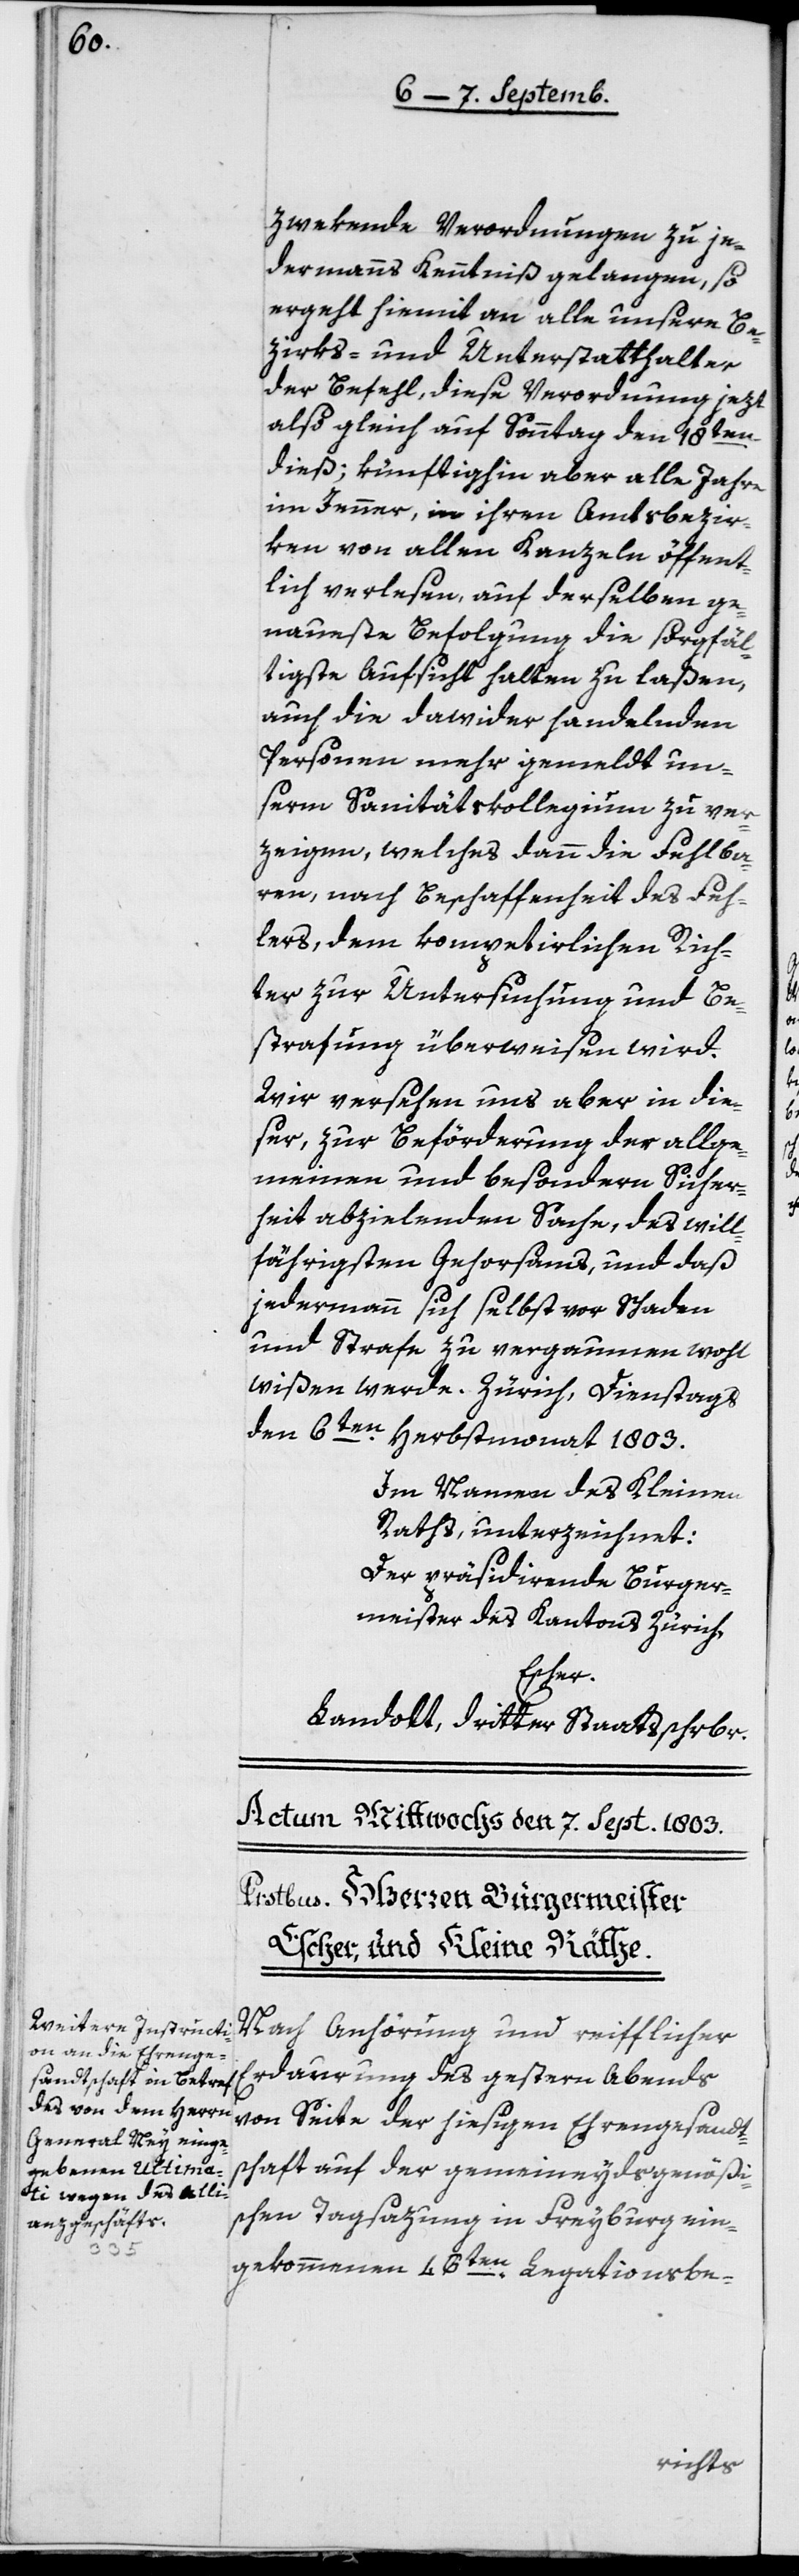
zwekende Verordnungen zu je¬
dermanns Kenntniß gelangen, so
ergeht hiemit an alle unsere Be¬
zirks- und Unterstatthalter
der Befehl, diese Verordnung jezt
also gleich auf Sonntag den 18ten
dieß; künftighin aber alle Jahre
im Jenner, in ihren Amtsbezir¬
ken von allen Kanzeln öffent¬
lich verlesen, auf derselben ge¬
naueste Befolgung die sorgfäl¬
tigste Aufsicht halten zu laßen,
auch die dawider handelnden
Personen mehr gemeldt un¬
serm Sanitätscollegium zu ver¬
zeigen, welches dann die Fehlba¬
ren, nach Beschaffenheit des Feh¬
lers, dem kompetierlichen Rich¬
ter zur Untersuchung und Be¬
strafung überweisen wird.
Wir versehen uns aber in die¬
ser, zur Beförderung der allge¬
meinen und besondern Sicher¬
heit abzielenden Sache, des will¬
fährigsten Gehorsams, und daß
jedermann sich selbst vor Schaden
und Strafe zu vergaumen wohl
den 6ten Herbstmonat 1803.
Im Namen des Kleinen
Raths, unterzeichnet:
Der präsidierende Burger¬
meister des Kantons Zürich,
Escher.
Landolt, dritter Staatsschreiber.
Nach Anhörung und reiflicher
Erdaurung des gestern Abends
von Seite der hiesigen Ehrengesandt¬
schaft auf der gemeineydsgenößis¬
chen Tagsazung in Freyburg ein¬
gekommenen 46ten Legationsbe-